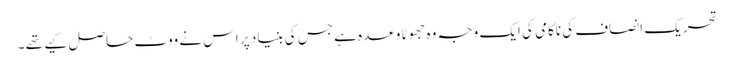
تحریک ِانصاف کی ناکامی کی ایک وجہ وہ جھوٹا وعدہ ہے جس کی بنیاد پر اس نے ووٹ حاصل کیے تھے ۔